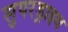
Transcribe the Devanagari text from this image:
सुपरड्राइव